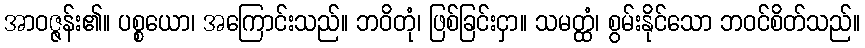
အာဝဇ္ဇန်း၏။ ပစ္စယော၊ အကြောင်းသည်။ ဘဝိတုံ၊ ဖြစ်ခြင်းငှာ။ သမတ္ထံ၊ စွမ်းနိုင်သော ဘဝင်စိတ်သည်။